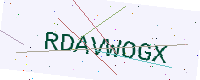
Text: RDAVWOGX